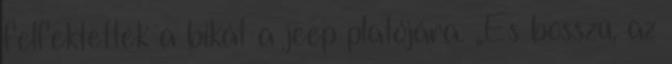
fel­fektették a bi­kát a jeep platójára. „És bosszú, az